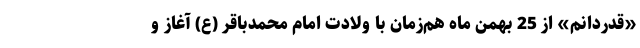
«قدردانم» از 25 بهمن ماه هم‌زمان با ولادت امام محمدباقر (ع) آغاز و